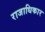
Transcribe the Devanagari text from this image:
राजाधिकार